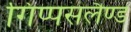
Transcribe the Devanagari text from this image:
गिप्पसलैण्ड